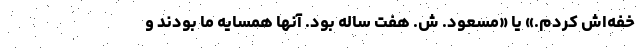
خفه‌اش کردم.» یا «مسعود. ش. هفت‌ ساله بود. آنها همسایه ما بودند و